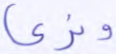
ونري